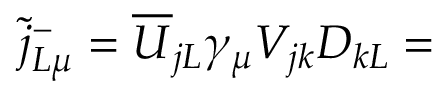
\widetilde { j } _ { L \mu } ^ { - } = \overline { { { U } } } _ { j L } \gamma _ { \mu } V _ { j k } D _ { k L } =